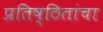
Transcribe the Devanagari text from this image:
प्रतिष्ठितांचा